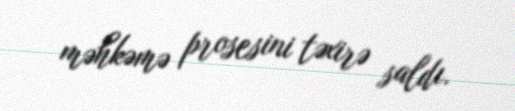
məhkəmə prosesini təxirə saldı.